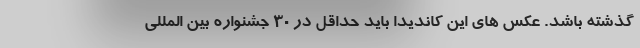
گذشته باشد. عکس های این کاندیدا باید حداقل در 30 جشنواره بین المللی